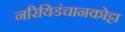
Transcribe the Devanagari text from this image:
नरियिडंचानकोट्टा